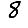
Digit: 8